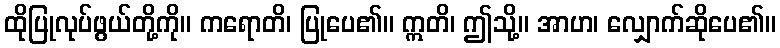
ထိုပြုလုပ်ဖွယ်တို့ကို။ ကရောတိ၊ ပြုပေ၏။ ဣတိ၊ ဤသို့။ အာဟ၊ လျှောက်ဆိုပေ၏။